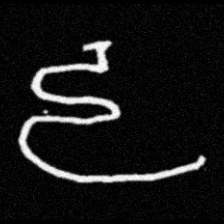
Pyu character \u2014 Myanmar letter: ဠ (romanized: lla)